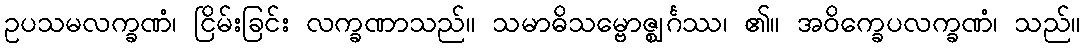
ဥပသမလက္ခဏံ၊ ငြိမ်းခြင်း လက္ခဏာသည်။ သမာဓိသမ္ဗောဇ္ဈင်္ဂဿ၊ ၏။ အဝိက္ခေပလက္ခဏံ၊ သည်။